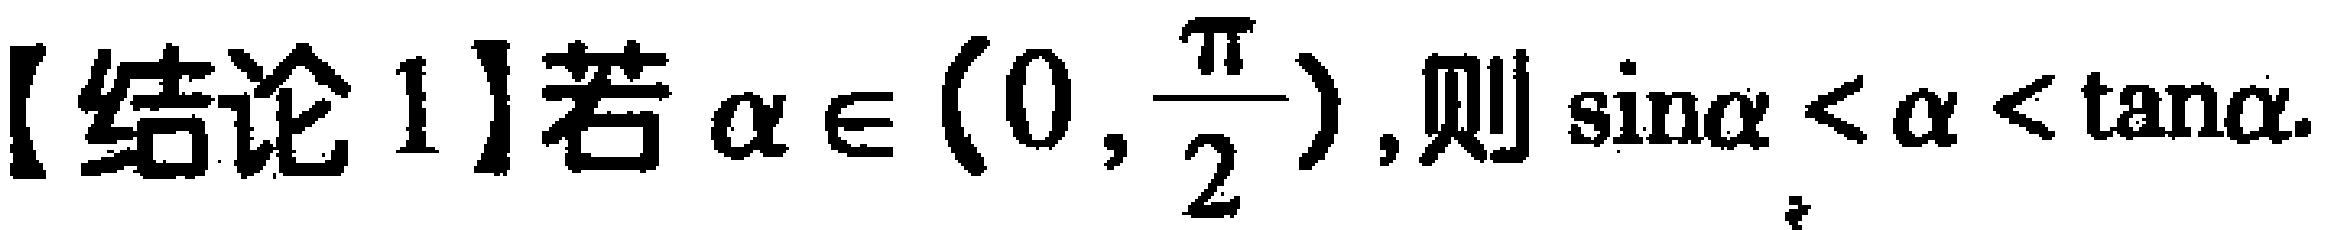
【结论 1】若\(\alpha \in \left(0,\dfrac{\pi}{2}\right)\),则\(\sin\alpha < \alpha < \tan\alpha\).